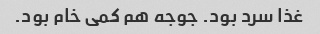
غذا سرد بود. جوجه هم کمی خام بود.